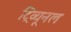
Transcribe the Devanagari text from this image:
ट्रिव्यूनल